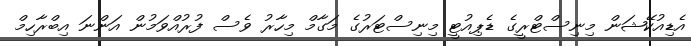
އެޑިއުކޭޝަން މިނިސްޓްރީގެ ޑެޕިއުޓީ މިނިސްޓަރުގެ މަގާމް މިހާރު ވެސް ފުރުއްވަމުން އަންނަ އިބްރާހިމް